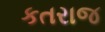
કતરાજ